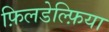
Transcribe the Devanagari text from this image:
फ़िलडेल्फ़िया